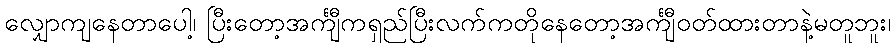
လျှောကျနေတာပေါ့၊ ပြီးတော့အင်္ကျီကရှည်ပြီးလက်ကတိုနေတော့အင်္ကျီဝတ်ထားတာနဲ့မတူဘူး၊